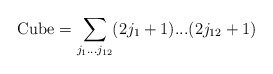
\begin{align*}{\rm Cube}=\sum_{j_1...j_{12}}(2j_1+1)...(2j_{12}+1)\end{align*}